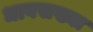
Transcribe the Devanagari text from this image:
धावसख्या